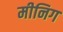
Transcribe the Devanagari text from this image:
मीनिग